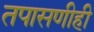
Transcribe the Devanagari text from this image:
तपासणीही